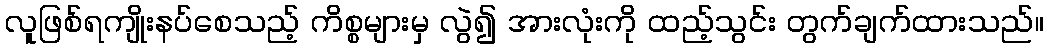
လူဖြစ်ရကျိုးနပ်စေသည့် ကိစ္စများမှ လွဲ၍ အားလုံးကို ထည့်သွင်း တွက်ချက်ထားသည်။